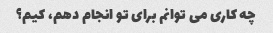
چه کاری می توانم برای تو انجام دهم، کیم؟